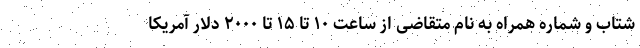
شتاب و شماره همراه به نام متقاضی از ساعت ۱۰ تا ۱۵ تا ۲۰۰۰ دلار آمریکا